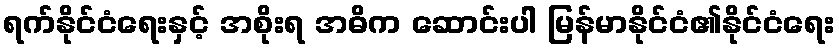
ရက်နိုင်ငံရေးနှင့် အစိုးရ အဓိက ဆောင်းပါ မြန်မာနိုင်ငံ၏နိုင်ငံရေး